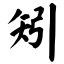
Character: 矧